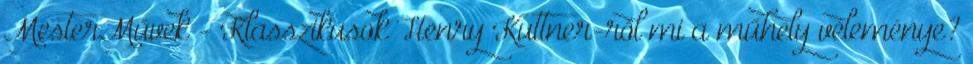
MesterMűvek - Klasszikusok Henry Kuttner-ről mi a műhely véleménye?